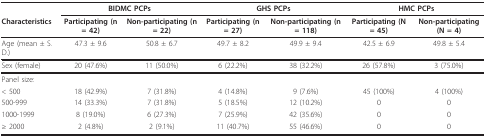
<table><thead><tr><td></td><td colspan="2"><b>BIDMC PCPs</b></td><td colspan="2"><b>GHS PCPs</b></td><td colspan="2"><b>HMC PCPs</b></td></tr><tr><td><b>Characteristics</b></td><td><b>Participating (n = 42)</b></td><td><b>Non-participating (n = 22)</b></td><td><b>Participating (n = 27)</b></td><td><b>Non-participating (n = 118)</b></td><td><b>Participating (N = 45)</b></td><td><b>Non-participating (N = 4)</b></td></tr></thead><tbody><tr><td>Age (mean ± S.D.)</td><td>47.3 ± 9.6</td><td>50.8 ± 6.7</td><td>49.7 ± 8.2</td><td>49.9 ± 9.4</td><td>42.5 ± 6.9</td><td>49.8 ± 5.4</td></tr><tr><td>Sex (female)</td><td>20 (47.6%)</td><td>11 (50.0%)</td><td>6 (22.2%)</td><td>38 (32.2%)</td><td>26 (57.8%)</td><td>3 (75.0%)</td></tr><tr><td>Panel size:</td><td></td><td></td><td></td><td></td><td></td><td></td></tr><tr><td>&lt; 500</td><td>18 (42.9%)</td><td>7 (31.8%)</td><td>4 (14.8%)</td><td>9 (7.6%)</td><td>45 (100%)</td><td>4 (100%)</td></tr><tr><td>500-999</td><td>14 (33.3%)</td><td>7 (31.8%)</td><td>5 (18.5%)</td><td>12 (10.2%)</td><td>0</td><td>0</td></tr><tr><td>1000-1999</td><td>8 (19.0%)</td><td>6 (27.3%)</td><td>7 (25.9%)</td><td>42 (35.6%)</td><td>0</td><td>0</td></tr><tr><td>≥ 2000</td><td>2 (4.8%)</td><td>2 (9.1%)</td><td>11 (40.7%)</td><td>55 (46.6%)</td><td>0</td><td>0</td></tr></tbody></table>